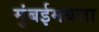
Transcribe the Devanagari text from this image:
मुंबईमधला